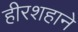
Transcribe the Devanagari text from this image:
हीरशहाने